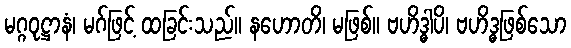
မဂ္ဂဝုဋ္ဌာနံ၊ မဂ်ဖြင့် ထခြင်းသည်။ နဟောတိ၊ မဖြစ်။ ဗဟိဒ္ဓါပိ၊ ဗဟိဒ္ဓဖြစ်သော